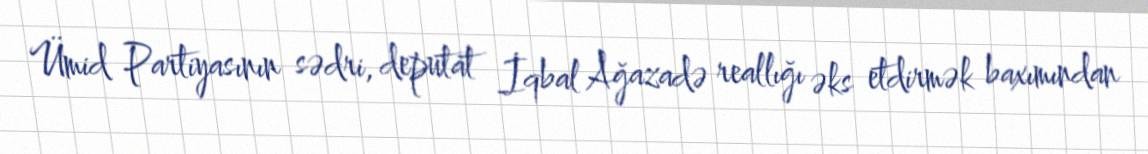
Ümid Partiyasının sədri, deputat İqbal Ağazadə reallığı əks etdirmək baxımından